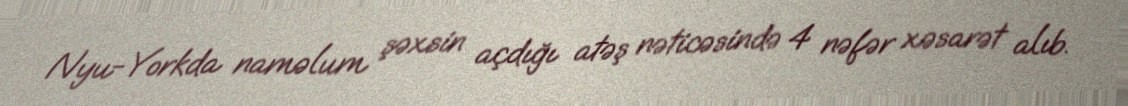
Nyu-Yorkda naməlum şəxsin açdığı atəş nəticəsində 4 nəfər xəsarət alıb.